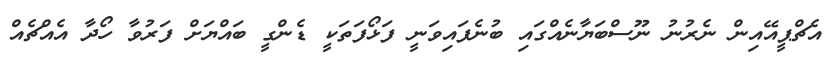
އެޗްޕީއޭއިން ނެރުނު ނޫސްބަޔާނެއްގައި ބުނެފައިވަނީ ފަޅޯފަތަކީ ޑެންގީ ބައްޔަށް ފަރުވާ ހޯދާ އެއްޗެއް